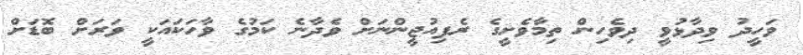
ވަހީދު ވިދާޅުވީ ދިވެހިން ތިމާވެށީގެ ރެފިއުޖީންނަށް ވެދާނެ ކަމުގެ ވާހަކައަކީ ވަރަށް ބޮޑަށް